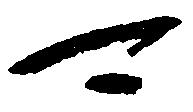
可